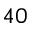
^ { 4 0 }